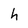
Character: h